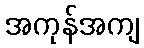
အကုန်အကျ